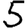
Digit: 5